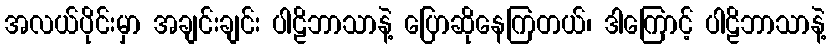
အလယ်ပိုင်းမှာ အချင်းချင်း ပါဠိဘာသာနဲ့ ပြောဆိုနေကြတယ်၊ ဒါကြောင့် ပါဠိဘာသာနဲ့